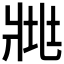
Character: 𤕿